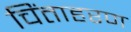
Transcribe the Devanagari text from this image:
चिंताहरण